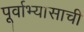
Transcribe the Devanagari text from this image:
पूर्वाभ्यासाची